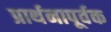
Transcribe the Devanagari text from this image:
प्रार्थनापूर्वक